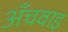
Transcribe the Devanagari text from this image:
अँचवाइ